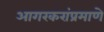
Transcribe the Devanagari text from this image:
आगरकरांप्रमाणे